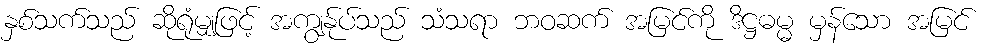
နှစ်သက်သည် ဆိုရုံမျှဖြင့် အကျွန်ုပ်သည် သံသရာ ဘဝဆက် အမြင်ကို ဒိဋ္ဌဓမ္မ မှန်သော အမြင်